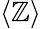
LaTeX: \left\langle\mathbb{Z}\right\rangle